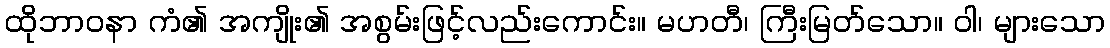
ထိုဘာဝနာ ကံ၏ အကျိုး၏ အစွမ်းဖြင့်လည်းကောင်း။ မဟတီ၊ ကြီးမြတ်သော။ ဝါ၊ များသော